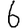
Digit: 6